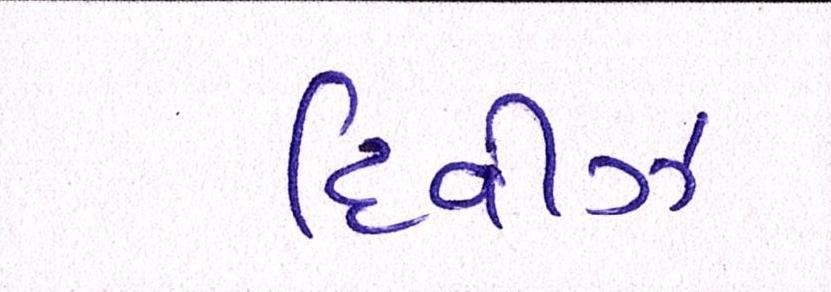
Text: દિવીઝ